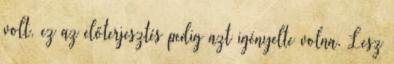
volt, ez az előterjesztés pedig azt igényelte volna. Lesz